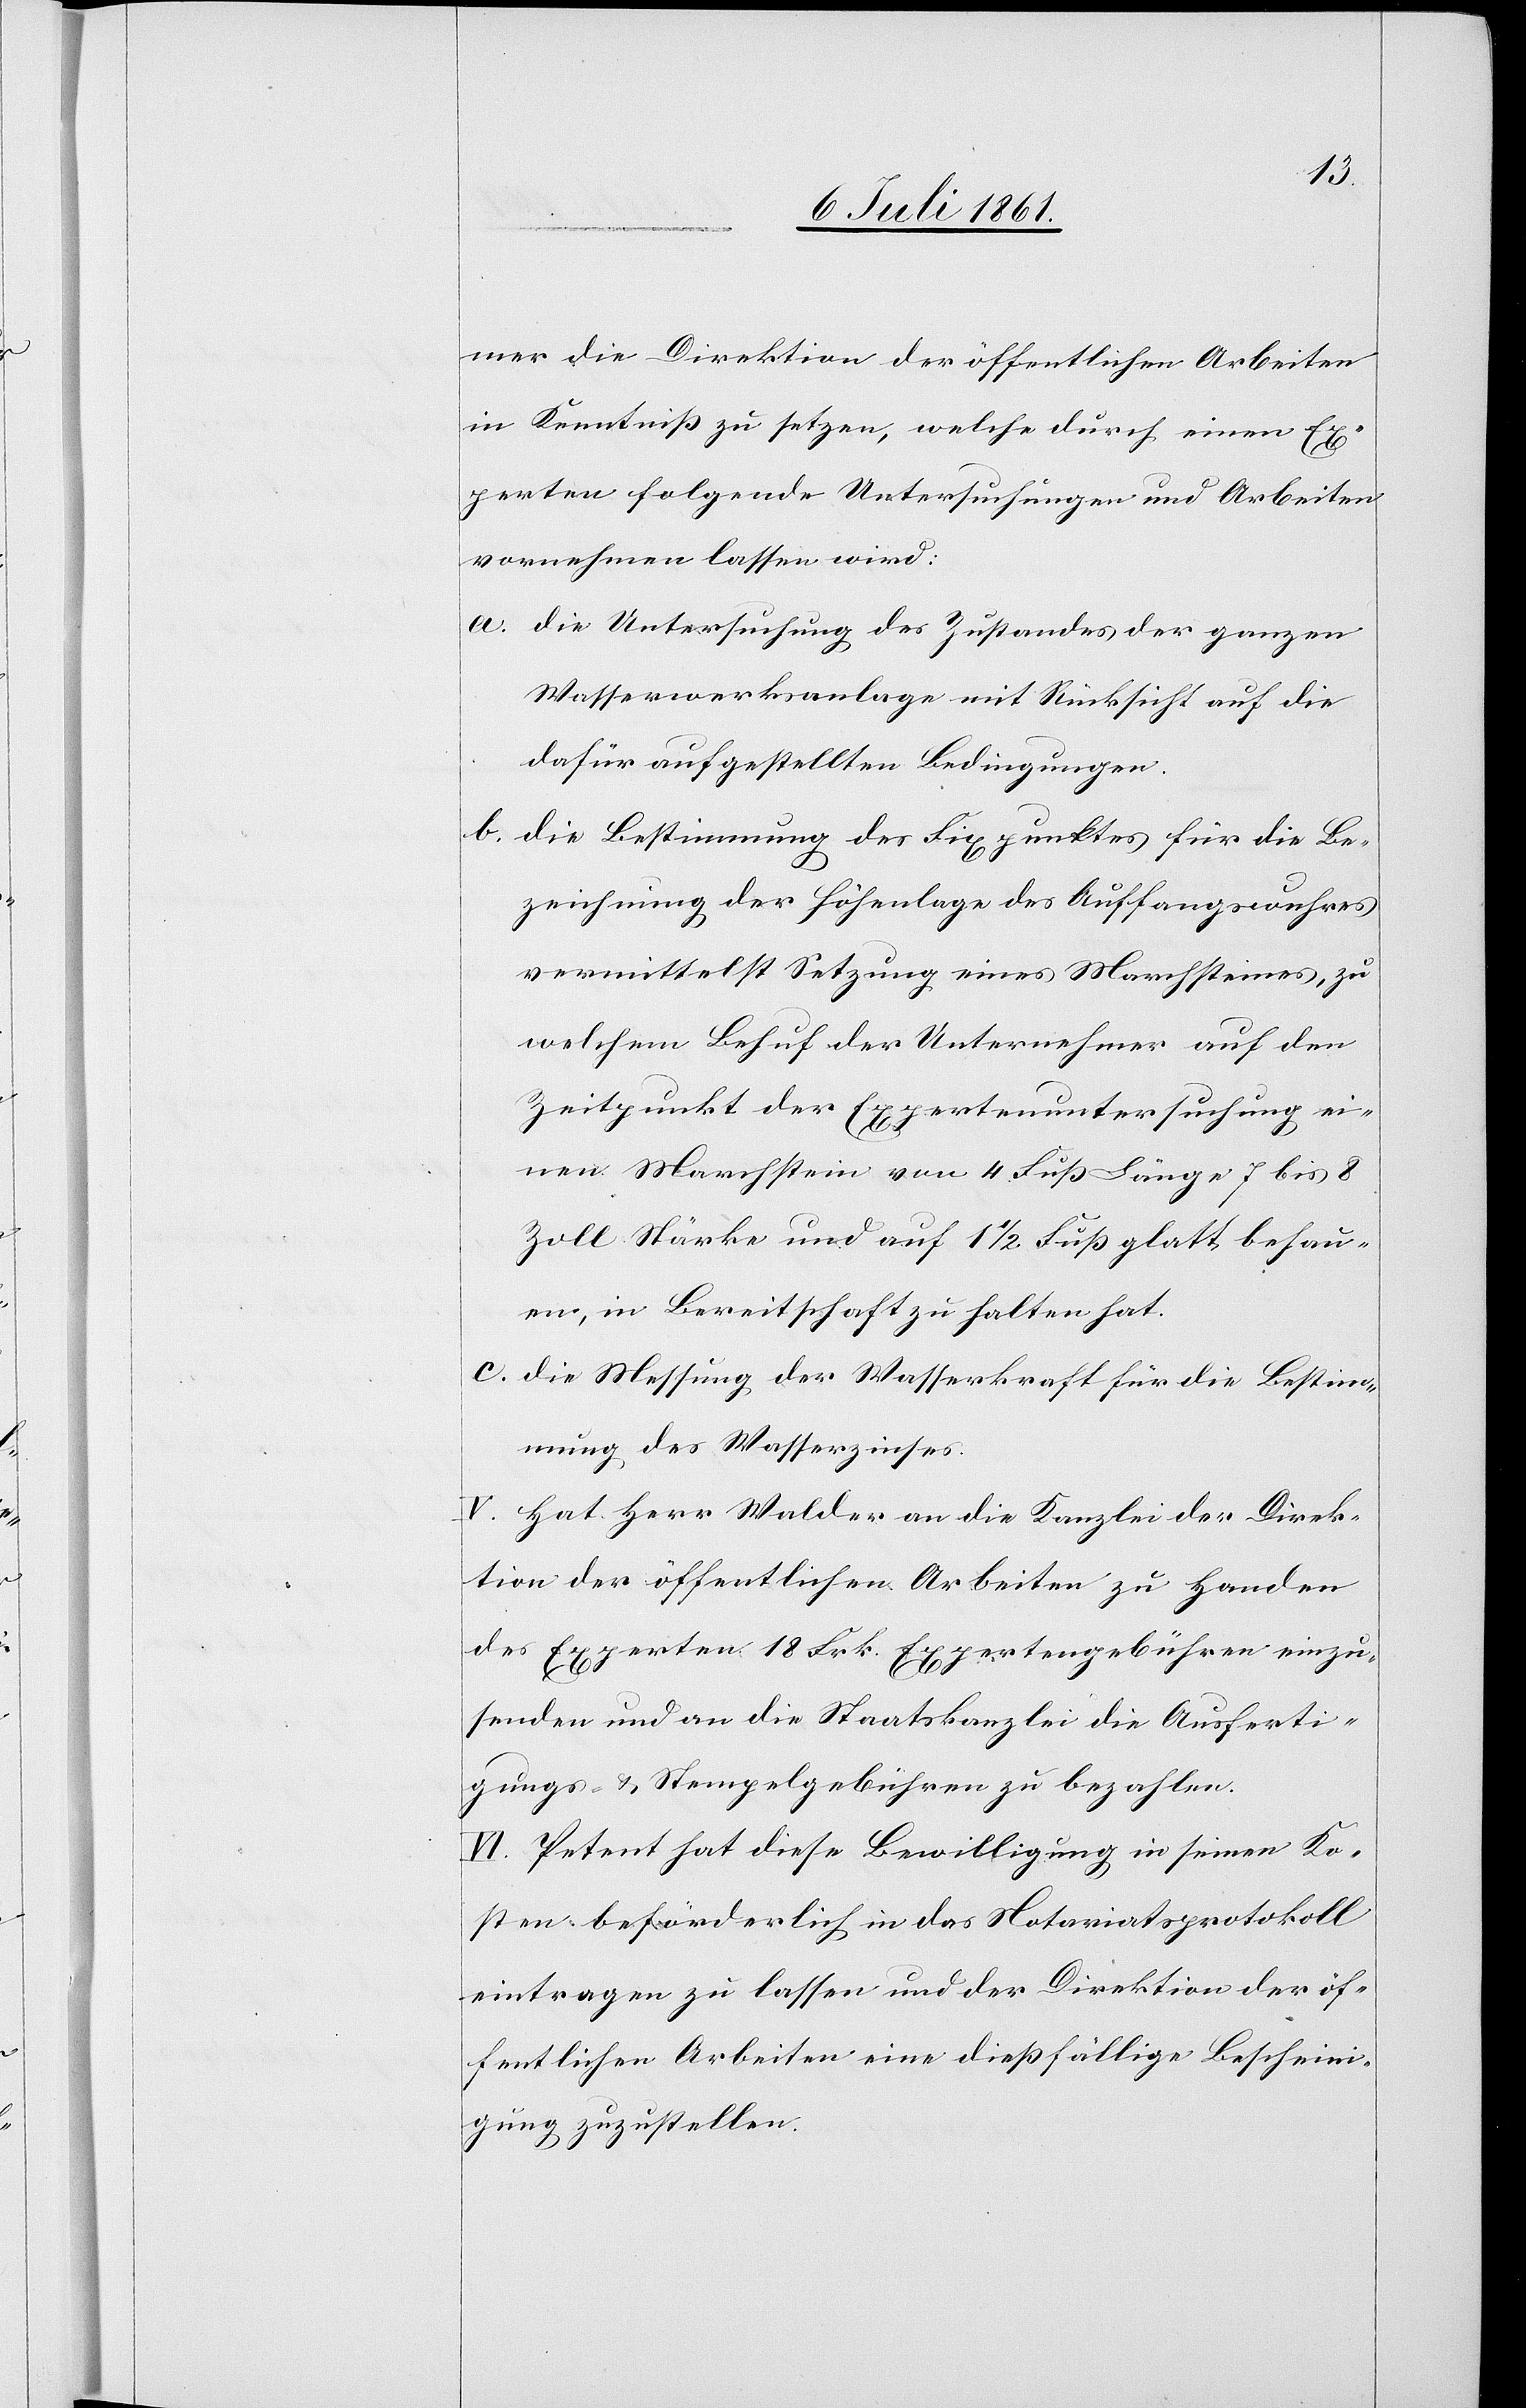
mer die Direktion der öffentlichen Arbeiten
in Kenntniß zu setzen, welche durch einen Ex¬
perten folgende Untersuchungen und Arbeiten
vornehmen lassen wird:
a. die Untersuchung des Zustandes der ganzen
Wasserwerksanlage mit Rücksicht auf die
aufgestellten Bedingungen.
b. die Bestimmung des Fixpunktes für die Be¬
zeichnung der Höhenlage des Auffangswuhres
vermittelst Setzung eines Marchsteines, zu
welchem Behuf der Unternehmer auf den
Zeitpunkt der Expertenuntersuchung ei¬
nen Marchstein von 4 Fuß Länge 7 bis 8
Zoll Stärke und auf 1 1/2 Fuß glatt behau¬
en, in Bereitschaft zu halten hat.
c. die Messung der Wasserkraft für die Bestim¬
mung des Wasserzinses.
V. Hat Herr Walder an die Kanzlei der Direk¬
tion der öffentlichen Arbeiten zu Handen
des Experten 18 Frk. Expertengebühren einzu¬
senden und an die Staatskanzlei die Ausferti¬
gungs- u. Stempelgebühren zu bezahlen.
VI. Petent hat diese Bewilligung in seinen Ko¬
sten beförderlich in das Notariatsprotokoll
eintragen zu lassen und der Direktion der öf¬
fentlichen Arbeiten eine dießfällige Bescheini¬
gung zuzustellen.